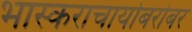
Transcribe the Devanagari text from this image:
भास्कराचार्याबरोबर